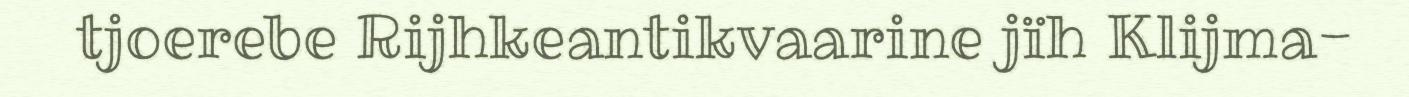
tjoerebe Rijhkeantikvaarine jïh Klijma-